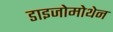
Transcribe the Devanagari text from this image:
डाइजोमोथेन